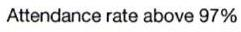
Attendance rate above 97%